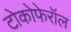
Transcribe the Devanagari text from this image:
टोकोफेरॉल